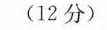
(12分)